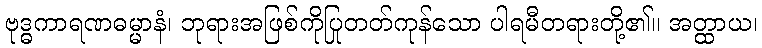
ဗုဒ္ဓကာရဏဓမ္မာနံ၊ ဘုရားအဖြစ်ကိုပြုတတ်ကုန်သော ပါရမီတရားတို့၏။ အတ္ထာယ၊